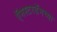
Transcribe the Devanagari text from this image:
ऍमस्टरडॅमच्या